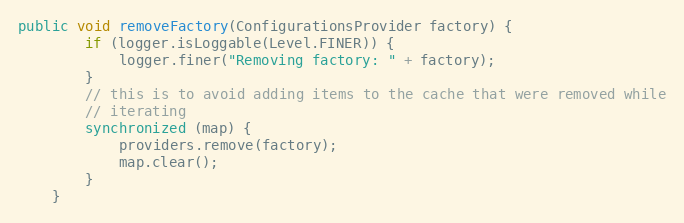
Language: Java
public void removeFactory(ConfigurationsProvider factory) {
		if (logger.isLoggable(Level.FINER)) {
			logger.finer("Removing factory: " + factory);
		}
		// this is to avoid adding items to the cache that were removed while
		// iterating
		synchronized (map) {
			providers.remove(factory);
			map.clear();
		}
	}